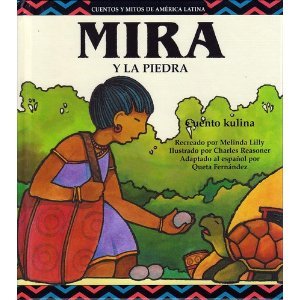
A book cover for Mira y La Piedra (Cuentos y Mitos de America Latina) (Spanish Edition); Melinda Lilly; Children's Books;